Report of the Imperial Institute of Veterinary Research, Muktesar
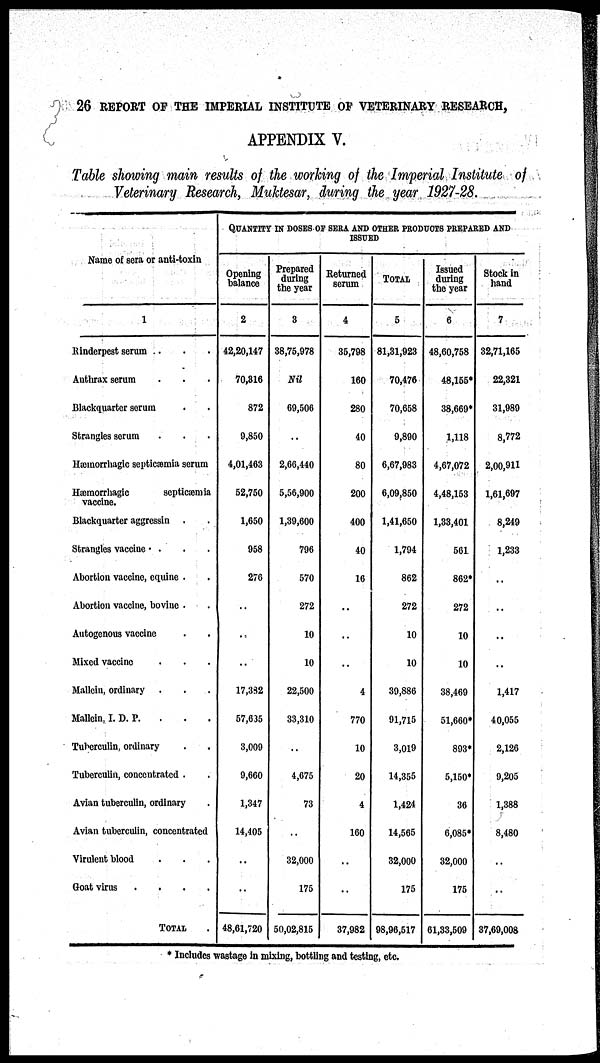
26 REPORT OF THE IMPERIAL INSTITUTE OF VETERINARY RESEARCH,
APPENDIX V.
Table showing main results of the working of the Imperial Institute of
Veterinary Research, Muktesar, during the year 1927-28.
Name of sera or anti-toxin
1
Rinderpest serum
Anthrax serum
.
.
Blackquarter serum
Strangles serum .
.
.
.
.
.
.
.
.
Hæmorrhagic septicæmia serum
Hæmorrhagic septicæmia
Vaccine.
Blackquarter aggressin
Strangles vacciue . .
Abortion vaccine, equine
.
.
.
Abortion vaccine, bovine .
Autogenous vaccine
Mixed vaccine
Mallein, ordinary
Mallein, I. D. P.
.
.
.
Tuberculin, ordinary
.
.
.
.
.
Tuberculin, concentrated .
Avian tuberculin, ordinary
.
.
.
.
.
.
.
.
.
.
.
Avian tuberculin, concentrated
Virulent blood
Goat virus .
.
.
.
.
TOTAL
.
.
.
QUANTITY IN DOSES OF SERA AND OTHER PRODUCTS PREPARED AND
ISSUED
Opening
balance
2
42,20,147
70,316
872
9,850
4,01,463
52,750
1,650
958
276
..
..
..
17,382
57,635
3,009
9,660
1,347
14,405
..
..
48,61,720
Prepared
during
the year
3
38,75,978
Nil
69,506
..
2,66,440
5,56,900
1,39,600
796
570
272
10
10
22,500
33,310
..
4,675
73
..
32,000
175
50,02,815
Returned
serum
4
35,798
160
280
40
80
200
400
40
16
..
..
..
4
770
10
20
4
160
..
..
37,982
TOTAL
5
81,31,923
70,476
70,658
9,890
6,67,983
6,09,850
1,41,650
1,794
862
272
10
10
39,886
91,715
3,019
14,355
1,424
14,565
32,000
175
98,96,517
Issued
during
the year
6
48,60,758
48,155*
38,669*
1,118
4,67,072
4,48,153
1,33,401
561
862*
272
10
10
38,469
51,660*
893*
5,150*
36
6,085*
32,000
175
61,33,509
Stock in
hand
7
32,71,165
22,321
31,989
8,772
2,00,911
1,61,697
8,249
1,233
..
..
..
..
1,417
40,055
2,126
9,205
1,388
8,480
..
..
37,69,008
* Includes wastage in mixing, bottling and testing, etc.